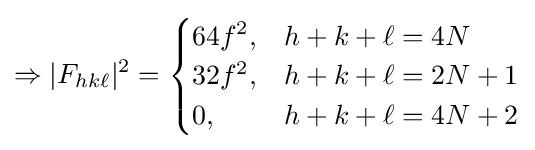
\Rightarrow |F_{hk\ell }|^{2}={\begin{cases}64f^{2},&h+k+\ell =4N\\32f^{2},&h+k+\ell =2N+1\\0,&h+k+\ell =4N+2\\\end{cases}}